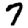
Digit: 7